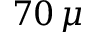
7 0 \, \mu